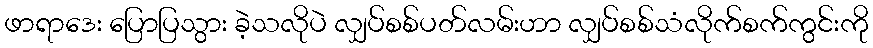
ဖာရာဒေး ပြောပြသွား ခဲ့သလိုပဲ လျှပ်စစ်ပတ်လမ်းဟာ လျှပ်စစ်သံလိုက်စက်ကွင်းကို